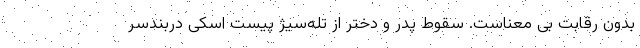
بدون رقابت بی معناست. سقوط پدر و دختر از تله‌سیژ پیست اسکی دربندسر